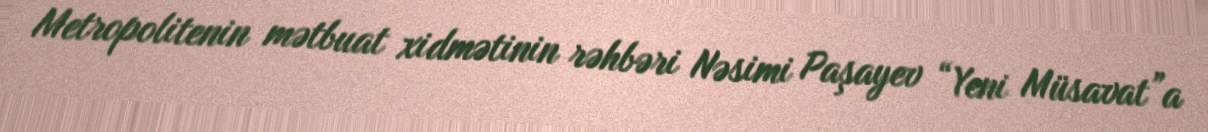
Metropolitenin mətbuat xidmətinin rəhbəri Nəsimi Paşayev “Yeni Müsavat”a